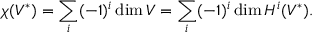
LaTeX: \chi ( V ^ { * } ) = \sum _ { i } ( - 1 ) ^ { i } \dim V = \sum _ { i } ( - 1 ) ^ { i } \dim H ^ { i } ( V ^ { * } ) .